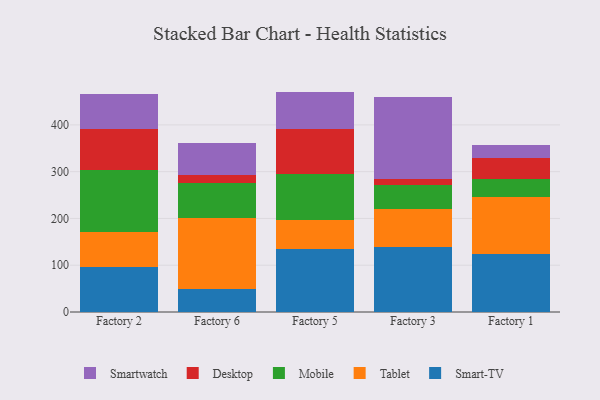
{"axis": {"x": "Factory", "y": "Budget (USD K)"}, "legend": ["Desktop", "Mobile", "Smart-TV", "Smartwatch", "Tablet"], "data": [{"x": "Factory 2", "y": 96.1, "type": "Smart-TV"}, {"x": "Factory 2", "y": 74.0, "type": "Tablet"}, {"x": "Factory 2", "y": 132.8, "type": "Mobile"}, {"x": "Factory 2", "y": 88.0, "type": "Desktop"}, {"x": "Factory 2", "y": 75.0, "type": "Smartwatch"}, {"x": "Factory 6", "y": 49.2, "type": "Smart-TV"}, {"x": "Factory 6", "y": 150.9, "type": "Tablet"}, {"x": "Factory 6", "y": 75.1, "type": "Mobile"}, {"x": "Factory 6", "y": 17.2, "type": "Desktop"}, {"x": "Factory 6", "y": 69.5, "type": "Smartwatch"}, {"x": "Factory 5", "y": 134.0, "type": "Smart-TV"}, {"x": "Factory 5", "y": 63.5, "type": "Tablet"}, {"x": "Factory 5", "y": 96.7, "type": "Mobile"}, {"x": "Factory 5", "y": 96.4, "type": "Desktop"}, {"x": "Factory 5", "y": 80.6, "type": "Smartwatch"}, {"x": "Factory 3", "y": 139.3, "type": "Smart-TV"}, {"x": "Factory 3", "y": 80.9, "type": "Tablet"}, {"x": "Factory 3", "y": 50.9, "type": "Mobile"}, {"x": "Factory 3", "y": 12.2, "type": "Desktop"}, {"x": "Factory 3", "y": 176.4, "type": "Smartwatch"}, {"x": "Factory 1", "y": 124.2, "type": "Smart-TV"}, {"x": "Factory 1", "y": 121.9, "type": "Tablet"}, {"x": "Factory 1", "y": 38.5, "type": "Mobile"}, {"x": "Factory 1", "y": 44.9, "type": "Desktop"}, {"x": "Factory 1", "y": 28.2, "type": "Smartwatch"}]}